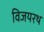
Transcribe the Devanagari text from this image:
विजयरथ